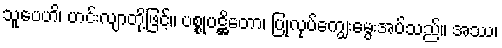
သူပေဟိ၊ ဟင်းလျာတို့ဖြင့်။ ပစ္စုပဋ္ဌိတော၊ ပြုလုပ်ကျွေးမွေးအပ်သည်။ အဿ၊